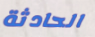
الحادثة